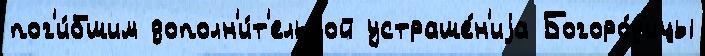
пог'и́бшим дополн'и́т'ельной устраше́н'иjа Богоро́д'ицы